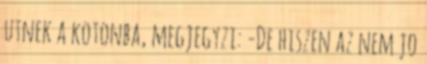
utnek a kotonba, megjegyzi: -De hiszen az nem jo